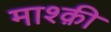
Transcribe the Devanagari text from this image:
माश्क़ी